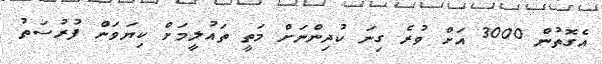
އެގޮތުން 3000 އަށް ވުރެ ގިނަ ކުދިންނަށް މަތީ ތައުލީމަށް ކިޔަވަން ފުރުސަތު